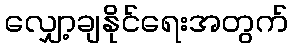
လျှော့ချနိုင်ရေးအတွက်